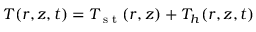
T ( r , z , t ) = T _ { \textrm { s t } } ( r , z ) + T _ { h } ( r , z , t )